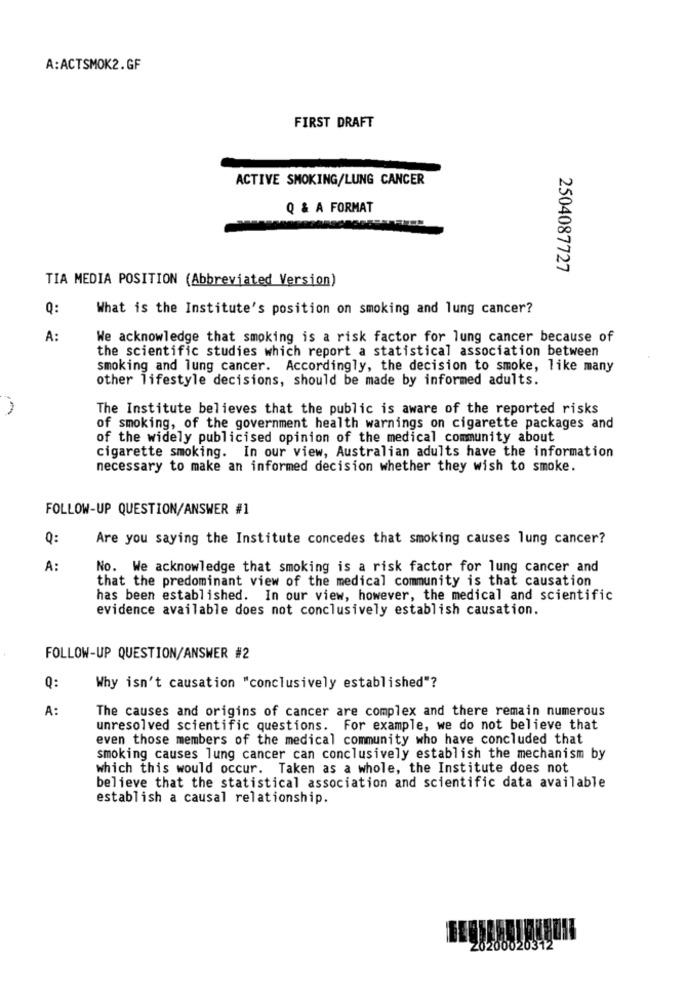
A:ACTSMOK2.GF
FIRST DRAFT
ACTIVE SMOKING/LUNG CANCER
Q & A FORMAT
2504087727
TIA MEDIA POSITION (Abbreviated Version)
Q:
What is the Institute's position on smoking and lung cancer?
A:
We acknowledge that smoking is a risk factor for lung cancer because of
the scientific studies which report a statistical association between
smoking and lung cancer. Accordingly, the decision to smoke, like many
other lifestyle decisions, should be made by informed adults.
The Institute believes that the public is aware of the reported risks
of smoking, of the government health warnings on cigarette packages and
of the widely publicised opinion of the medical community about
cigarette smoking. In our view, Australian adults have the information
necessary to make an informed decision whether they wish to smoke.
FOLLOW-UP QUESTION/ANSWER #1
Q:
Are you saying the Institute concedes that smoking causes lung cancer?
A:
No. We acknowledge that smoking is a risk factor for lung cancer and
that the predominant view of the medical community is that causation
has been established. In our view, however, the medical and scientific
evidence available does not conclusively establish causation.
FOLLOW-UP QUESTION/ANSWER #2
Q:
Why isn't causation "conclusively established"?
A:
The causes and origins of cancer are complex and there remain numerous
unresolved scientific questions. For example, we do not believe that
even those members of the medical community who have concluded that
smoking causes lung cancer can conclusively establish the mechanism by
which this would occur. Taken as a whole, the Institute does not
believe that the statistical association and scientific data available
establish a causal relationship.
20200020312